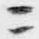
ニ